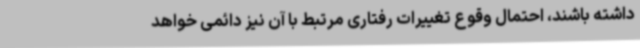
داشته باشند، احتمال وقوع تغییرات رفتاری مرتبط با آن نیز دائمی خواهد